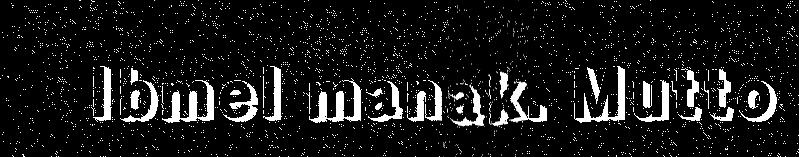
Ibmel manak. Mutto